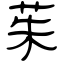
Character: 茱